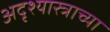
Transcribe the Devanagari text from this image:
अदृश्यास्त्राच्या